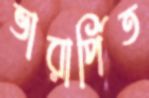
ভারার্পিত